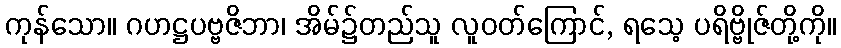
ကုန်သော။ ဂဟဋ္ဌပဗ္ဗဇိဘာ၊ အိမ်၌တည်သူ လူဝတ်ကြောင်, ရသေ့ ပရိဗ္ဗိုဇ်တို့ကို။